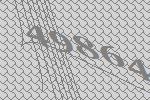
49864